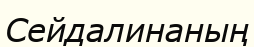
Сейдалинаның